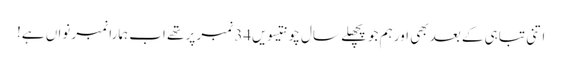
اتنی تباہی کے بعد بھی اور ہم جو پچھلے سال چونتیسویں34 نمبر پر تھے اب ہمارا نمبر نواں ہے!